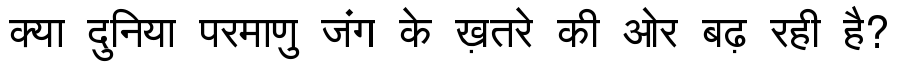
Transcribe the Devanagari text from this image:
क्या दुनिया परमाणु जंग के ख़तरे की ओर बढ़ रही है?